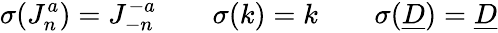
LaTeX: \sigma(J_{n}^{a})=J_{-n}^{-a}\qquad\sigma(k)=k\qquad\sigma(\underline{{{D}}})=\underline{{{D}}}